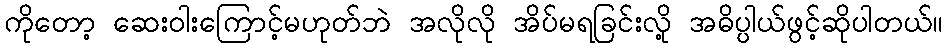
ကိုတော့ ဆေးဝါးကြောင့်မဟုတ်ဘဲ အလိုလို အိပ်မရခြင်းလို့ အဓိပ္ပါယ်ဖွင့်ဆိုပါတယ်။